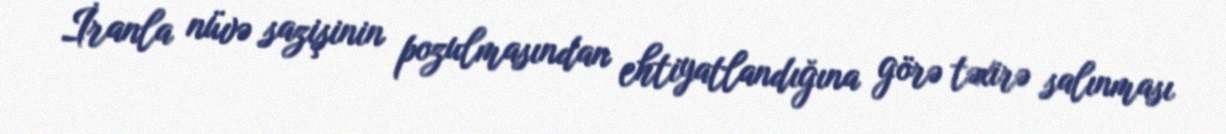
İranla nüvə sazişinin pozulmasından ehtiyatlandığına görə təxirə salınması